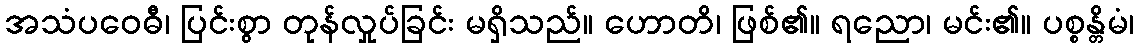
အသံပဝေဓီ၊ ပြင်းစွာ တုန်လှုပ်ခြင်း မရှိသည်။ ဟောတိ၊ ဖြစ်၏။ ရညော၊ မင်း၏။ ပစ္စန္တိမံ၊